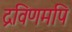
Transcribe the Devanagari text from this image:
द्रविणमपि